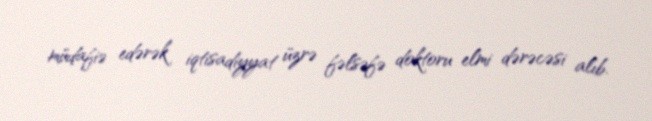
müdafiə edərək iqtisadiyyat üzrə fəlsəfə doktoru elmi dərəcəsi alıb.